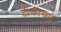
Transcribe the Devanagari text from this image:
टीकोच्या